Report on malaria in the Punjab during the year ...  together with an account of the work of the Punjab Malaria Bureau - Volume 4
Disease focus: Malaria
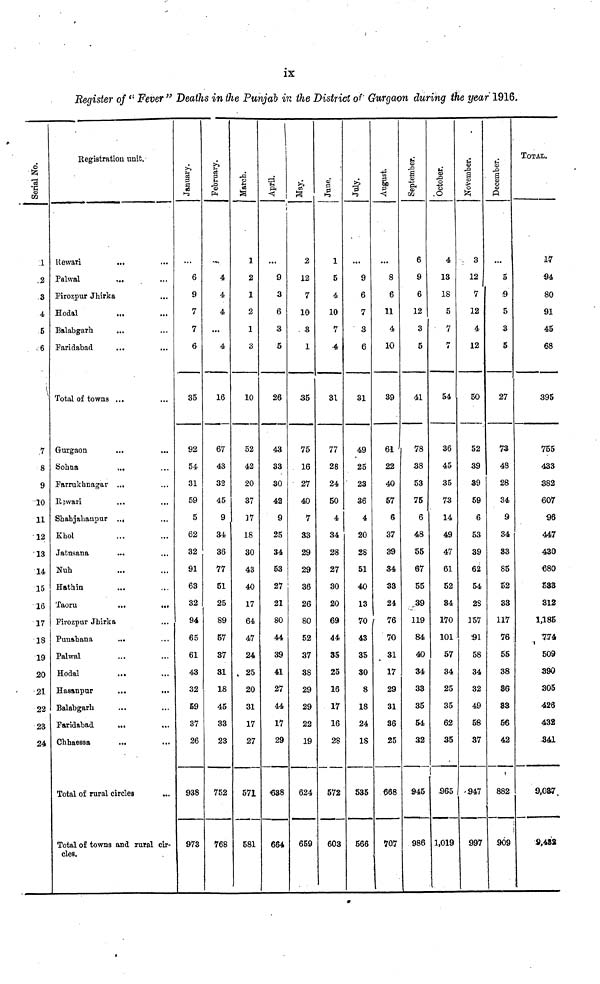
ix
Register of "Fever" Deaths in the Punjab in the District of Gurgaon during the year 1916.
Serial No.
1
.2
S
4
5
.6
\
7
8
9
10
11
12
13
14
15
16
17
18
19
20
21
22
23
24
Registration unit.
Rewari
...
Palwal
Firozpur Jhirka
Hodal
Balabgarh
Faridabad
...
...
Total of towns ...
Gurgaon
Sohna
,.,
Farrukhnagar ...
Rewari
Shahjahanpur ...
Khol
Jatusana
Nuh
Hathin
Taoru
...
...
Firozpur Jhirka
Punahana
Palwal
...
...
Hodal
Hasanpur
Balabgarh
Faridabad
...
Chhaessa
Total of rural circles
Total of towns and rural cir-
cles.
January.
6
9
7
7
6
35
92
54
31
59
5
62
32
91
63
32
94
65
61
43
32
59
37
26
938
973
February.
4
4
4
...
4
16
67
43
32
45
9
34
36
77
51
25
89
57
37
31
18
45
33
23
752
768
•a
1
2
1
2
1
3
10
52
42
20
37
17
18
30
43
40
17
64
47
24
, 25
20
31
17
27
571
581
April.
9
3
6
3
5
26
43
33
30
42
9
25
34
53
27
21
80
44
39
41
27
44
17
29
638
664
Í
2
12
7
10
3
1
35
75
16
27
40
7
33
29
29
36
26
80
52
37
38
29
29
22
19
624
659
S '
A
1
5
4
10
7
•4
3t
77
28
24
50
4
34
28
27
30
20
69
44
35
25
16
17
16
28
572
603
July.
9
6
7
3
6
31
49
25
23
36
4
20
28
51
40
13
70
43
35
30
8
18
24
18
535
566
August.
8
6
11
4
10
39
61
22
40
57
6
37
39
34
33
24
76
70
31
17
29
31
36
25
668
707
September.
6
9
6
12
3
5
41
78
38
53
75
6
48
55
67
55
39
119
84
40
34
33
35
54
32
945
986
October.
4
13
18
5
7
7
54
36
45
35
73
14
49
47
61
52
34
170
101
57
34
25
35
62
35
965
1,019
Û
!
3
12
7
12
4
12
50
52
39
39
59
6
53
39
62
54
28
157
91
58
34
32
49
58
37
947
997
December.
5
9
5
3
5
27
73
48
28
34
9
34
33
85
52
33
117
76
55
38
86
83
56
42
882
909
TOTAL.
17
94
80
91
45
68
395
755
433
382
607
96
447
430
680
533
312
1,185
774
509
390
305
426
432
841
9,087.
9,483